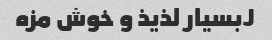
Jبسیار لذیذ و خوش مزه